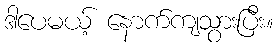
ဒါပေမယ့် နောက်ကျသွားပြီး။